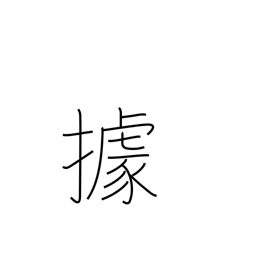
Meaning: to occupy